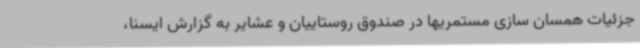
جزئیات همسان سازی مستمریها در صندوق روستاییان و عشایر به گزارش ایسنا،